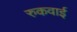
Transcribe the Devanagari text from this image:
रुकवाई